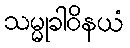
သမ္မုခါဝိနယံ